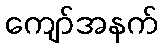
ကျော်အနက်